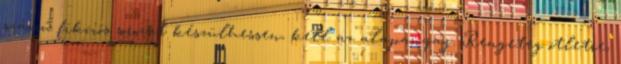
számú fikciós sorozat készülhessen, kell az alapanyag. Rengeteg ötletre,